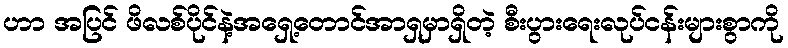
ဟာ အပြင် ဖိလစ်ပိုင်နဲ့အရှေ့တောင်အာရှမှာရှိတဲ့ စီးပွားရေးလုပ်ငန်းများစွာကို